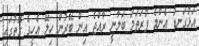
އަޅުގަނޑު އެންމެ ފުރަތަމަ ބަލާނީ ރާއްޖެ އިން ބޭރުން ހިލޭ އެހީގެ ގޮތުގައި